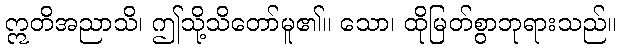
ဣတိအညာသိ၊ ဤသို့သိတော်မူ၏။ သော၊ ထိုမြတ်စွာဘုရားသည်။